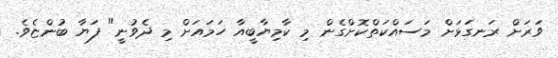
ވަރަށް ރަނގަޅަށް މަސައްކަތްކޮށްގެން މި ކާމިޔާބީއާ ހަމައަށް މި ދެވުނީ" ފަޔާ ބުންޏެވެ.